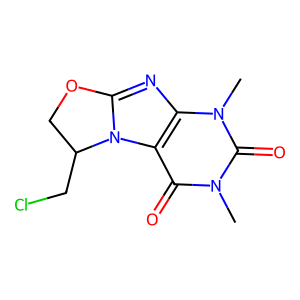
SMILES: Cn1c(=O)c2c(nc3n2C(CCl)CO3)n(C)c1=O
Inhibits HIV replication: No